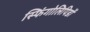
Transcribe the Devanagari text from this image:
स्फिंगोलिपिडों